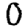
Digit: 0